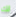
لك